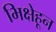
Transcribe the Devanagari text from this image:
भिक्षेहून